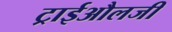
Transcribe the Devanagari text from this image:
ट्राईऔलजी